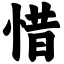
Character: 惜